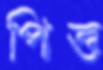
পিত্ত